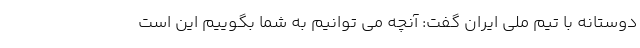
دوستانه با تیم ملی ایران گفت: آنچه می توانیم به شما بگوییم این است